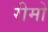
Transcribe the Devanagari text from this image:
रीमो